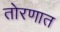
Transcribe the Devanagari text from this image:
तोरणात